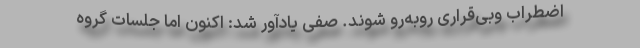
اضطراب وبی‌قراری روبه‌رو ‌شوند. صفی یادآور شد: اکنون اما جلسات گروه